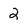
Character: 2